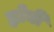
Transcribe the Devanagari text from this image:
ह्नोबी